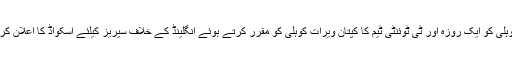
نئی دہلی (مانیٹرنگ ڈیسک ) بھارت نے ویرات کوہلی کو ایک روزہ اور ٹی ٹوئنٹی ٹیم کا کپتان ویرات کوہلی کو مقرر کرتے ہوئے انگلینڈ کے خلاف سیریز کیلئے اسکواڈ کا اعلان کردیا ہے جس میں یوراج سنگھ کی واپسی ہوئی ہے۔